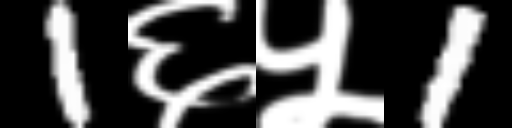
Text: 1६५1